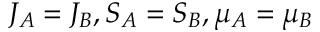
J _ { A } = J _ { B } , S _ { A } = S _ { B } , { \mu } _ { A } = { \mu } _ { B }